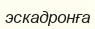
эскадронға